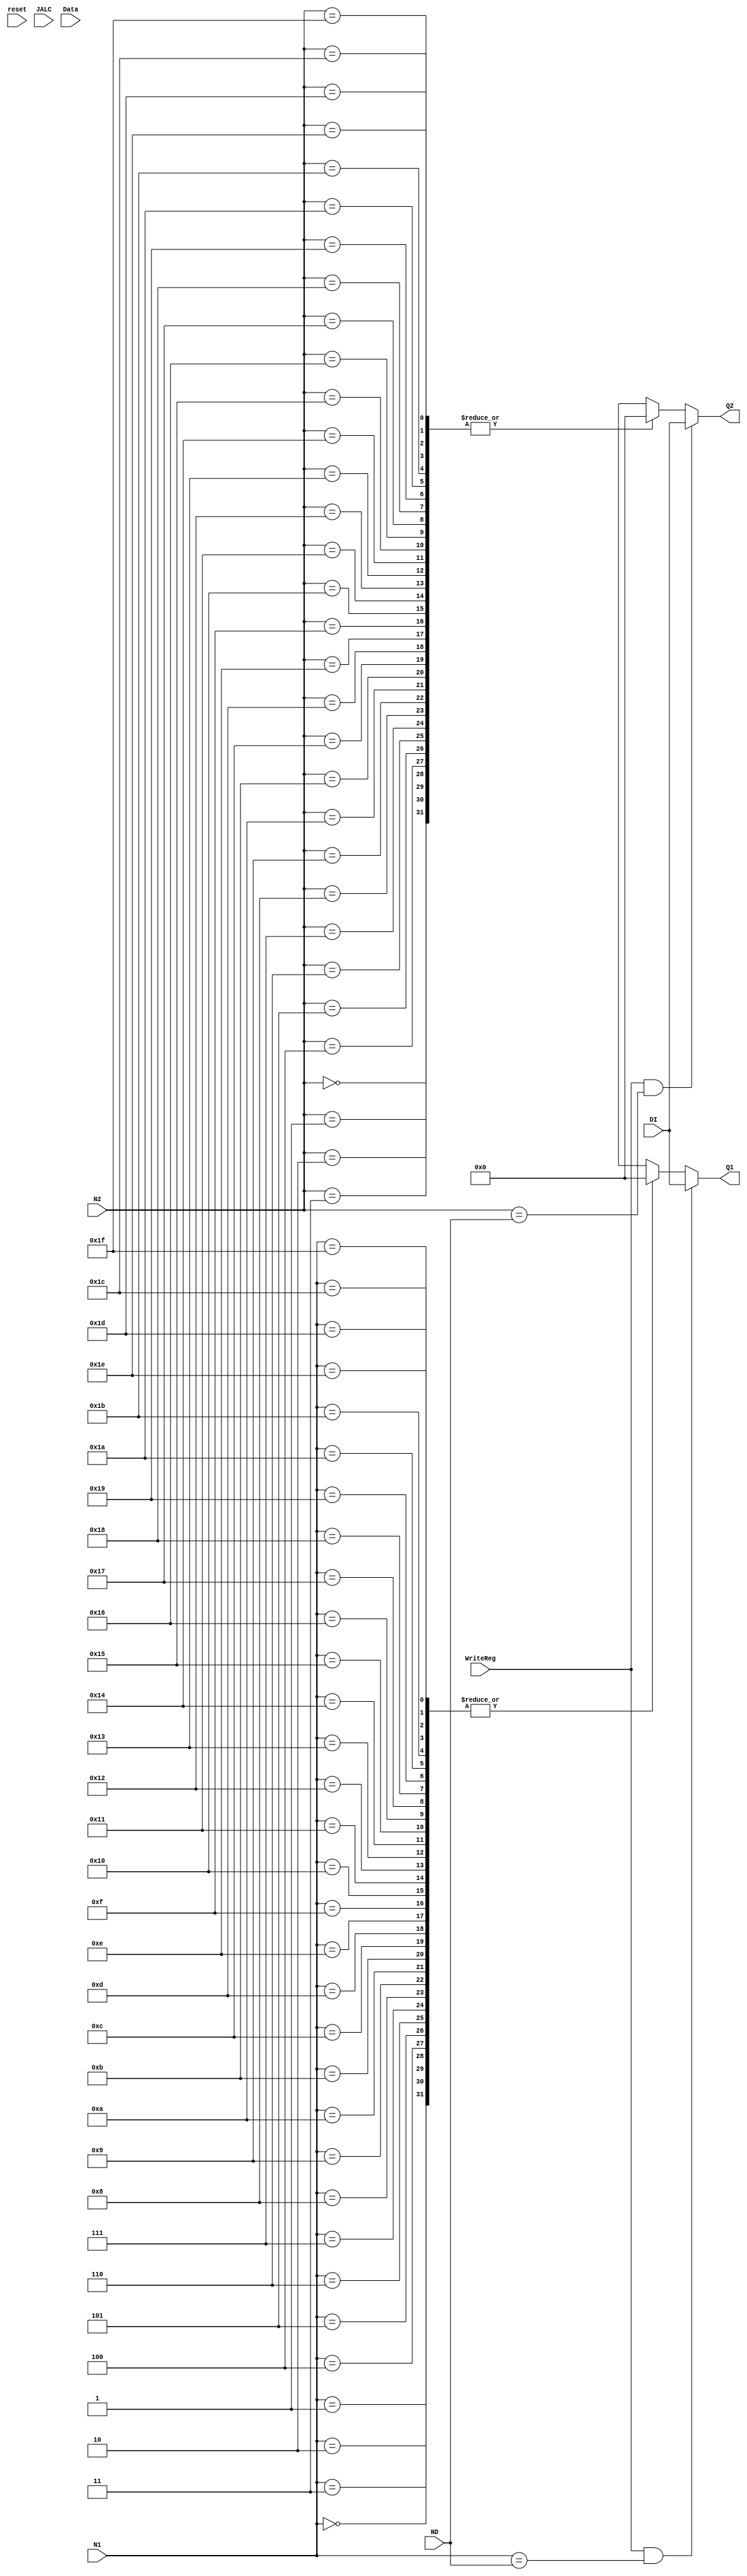
module RegFile(reset, N1, N2, ND, DI, WriteReg, JALC, Data, Q1, Q2);
  input reset;
  input[4:0] N1, N2, ND;
  input[31:0] DI; 
  input WriteReg, JALC;
  input[31:0] Data;
  output[31:0] Q1, Q2;
  
  reg [31:0] Reg [31:0];
  
  assign Q1 = (WriteReg == 1 && (N1 == ND))? DI : Reg[N1];
  assign Q2 = (WriteReg == 1 && (N2 == ND))? DI : Reg[N2];
  
  always @(WriteReg or ND or DI)
    if (WriteReg == 1)
      Reg[ND] <= DI;
  
  always @(posedge JALC)
      Reg[31] <= Data;
      
  integer i;
  always @(reset)
    for (i = 0; i < 32; i = i + 1)
      Reg[i] <= 0;
    
  endmodule